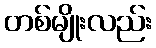
တစ်မျိုးလည်း